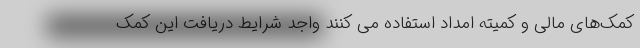
کمک‌های مالی و کمیته امداد استفاده می کنند واجد شرایط دریافت این کمک